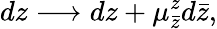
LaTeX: dz\longrightarrow dz+\mu_{\bar{z}}^{z}d\bar{z},